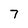
Character: 7